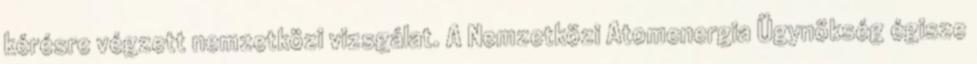
kérésre végzett nemzetközi vizsgálat. A Nemzetközi Atomenergia Ügynökség égisze